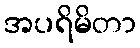
အပရိမိတာ